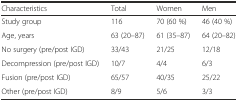
<table><thead><tr><td><b>Characteristics</b></td><td><b>Total</b></td><td><b>Women</b></td><td><b>Men</b></td></tr></thead><tbody><tr><td>Study group</td><td>116</td><td>70 (60 %)</td><td>46 (40 %)</td></tr><tr><td>Age, years</td><td>63 (20–87)</td><td>61 (35–87)</td><td>64 (20–82)</td></tr><tr><td>No surgery (pre/post IGD)</td><td>33/43</td><td>21/25</td><td>12/18</td></tr><tr><td>Decompression (pre/post IGD)</td><td>10/7</td><td>4/4</td><td>6/3</td></tr><tr><td>Fusion (pre/post IGD)</td><td>65/57</td><td>40/35</td><td>25/22</td></tr><tr><td>Other (pre/post IGD)</td><td>8/9</td><td>5/6</td><td>3/3</td></tr></tbody></table>